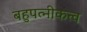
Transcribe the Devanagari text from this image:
बहुपत्नीकत्व